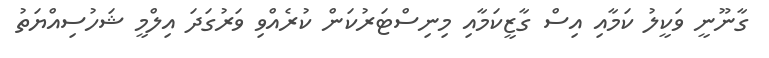
ގާނޫނީ ވަކީލު ކަމާއި އިސް ގާޒީކަމާއި މިނިސްޓަރުކަން ކުރެއްވި ވަރުގަދަ އިލްމީ ޝަހުސިއްޔަތު